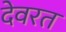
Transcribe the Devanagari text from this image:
देवरत